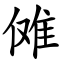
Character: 傩